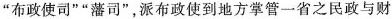
”布政使司””藩司”，派布政使到地方掌管一省之民政与财